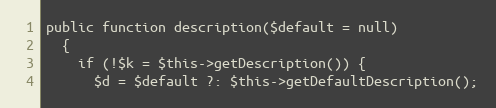
Language: PHP
public function description($default = null)
  {
    if (!$k = $this->getDescription()) {
      $d = $default ?: $this->getDefaultDescription();